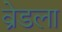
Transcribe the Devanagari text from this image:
व्रेडला